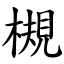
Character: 槻